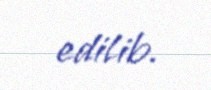
edilib.